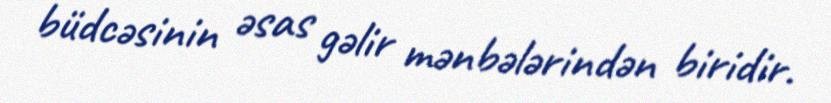
büdcəsinin əsas gəlir mənbələrindən biridir.